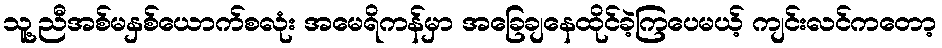
သူ့ညီအစ်မနှစ်ယောက်စလုံး အမေရိကန်မှာ အခြေချနေထိုင်ခဲ့ကြပေမယ့် ကျင်းလင်ကတော့